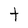
Character: t